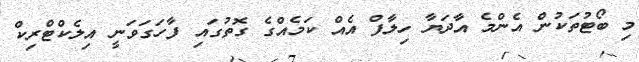
މި ބޯޓުތަކުން އެންމެ އާދަޔާ ހިލާފް އެއް ކަމެއްގެ ގޮތުގައި ފާހަގަވަނީ އިލެކްޓްރިކް